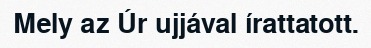
Mely az Úr ujjával írattatott.